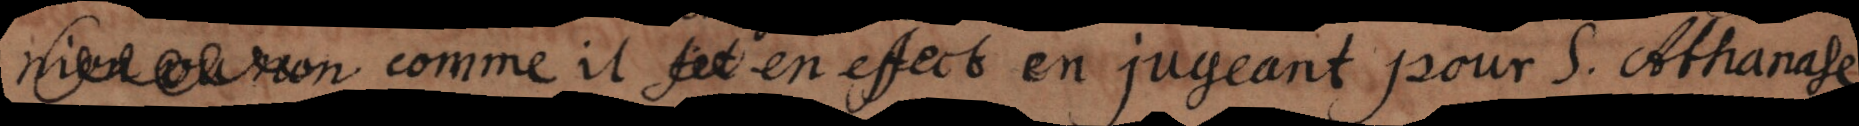
bles comme il témoigna en effect en jugeant pour S. Athanase,